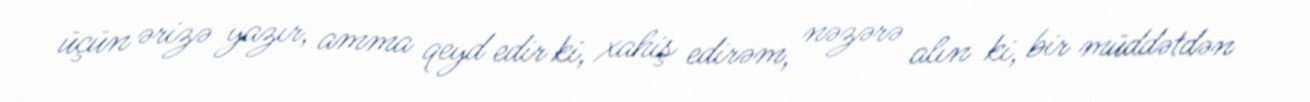
üçün ərizə yazır, amma qeyd edir ki, xahiş edirəm, nəzərə alın ki, bir müddətdən